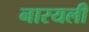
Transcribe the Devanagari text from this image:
नारयली